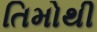
તિમોથી